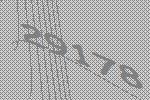
29178